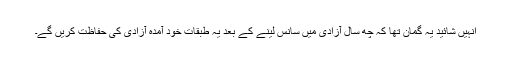
انہیں شائید یہ گُمان تھا کہ چھ سال آزادی میں سانس لینے کے بعد یہ طبقات خود آمدہ آزادی کی حفاظت کریں گے۔